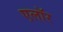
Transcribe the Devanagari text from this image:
एलॉर